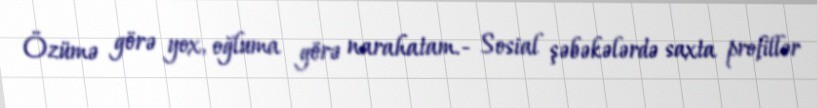
Özümə görə yox, oğluma görə narahatam.- Sosial şəbəkələrdə saxta profillər